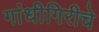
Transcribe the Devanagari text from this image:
गांधीगिरीचे